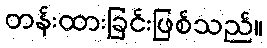
တန်းထားခြင်းဖြစ်သည်။